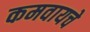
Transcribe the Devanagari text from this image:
कमवायचे